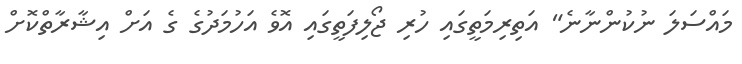
މައްސަލަ ނުކުންނާނެ" އަތިރިމަތީގައި ހުރި ޖޯލިފަތީގައި އޮވެ އަހުމަދުގެ ގެ އަށް އިޝާރާތްކޮށް